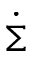
\dot { \Sigma }